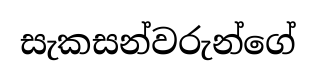
සැකසන්වරුන්ගේ